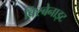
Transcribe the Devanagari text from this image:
ब्रिस्बेनाइट